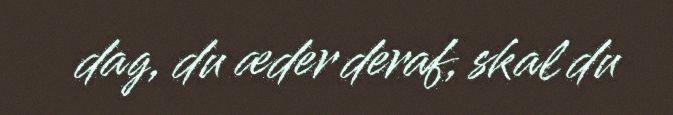
dag, du æder deraf, skal du